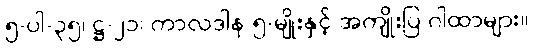
၅-ပါ-၃၅၊ ဋ္ဌ-၂၁၊ ကာလဒါန ၅-မျိုးနှင့် အကျိုးပြ ဂါထာများ။